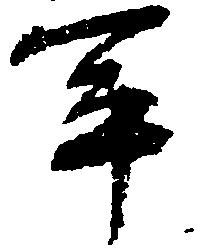
軍